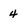
Character: 4